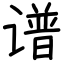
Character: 谱